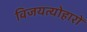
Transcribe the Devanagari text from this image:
विजयत्योहारों